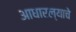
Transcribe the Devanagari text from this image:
आधारल्याचे